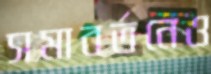
সমাবর্তনেও